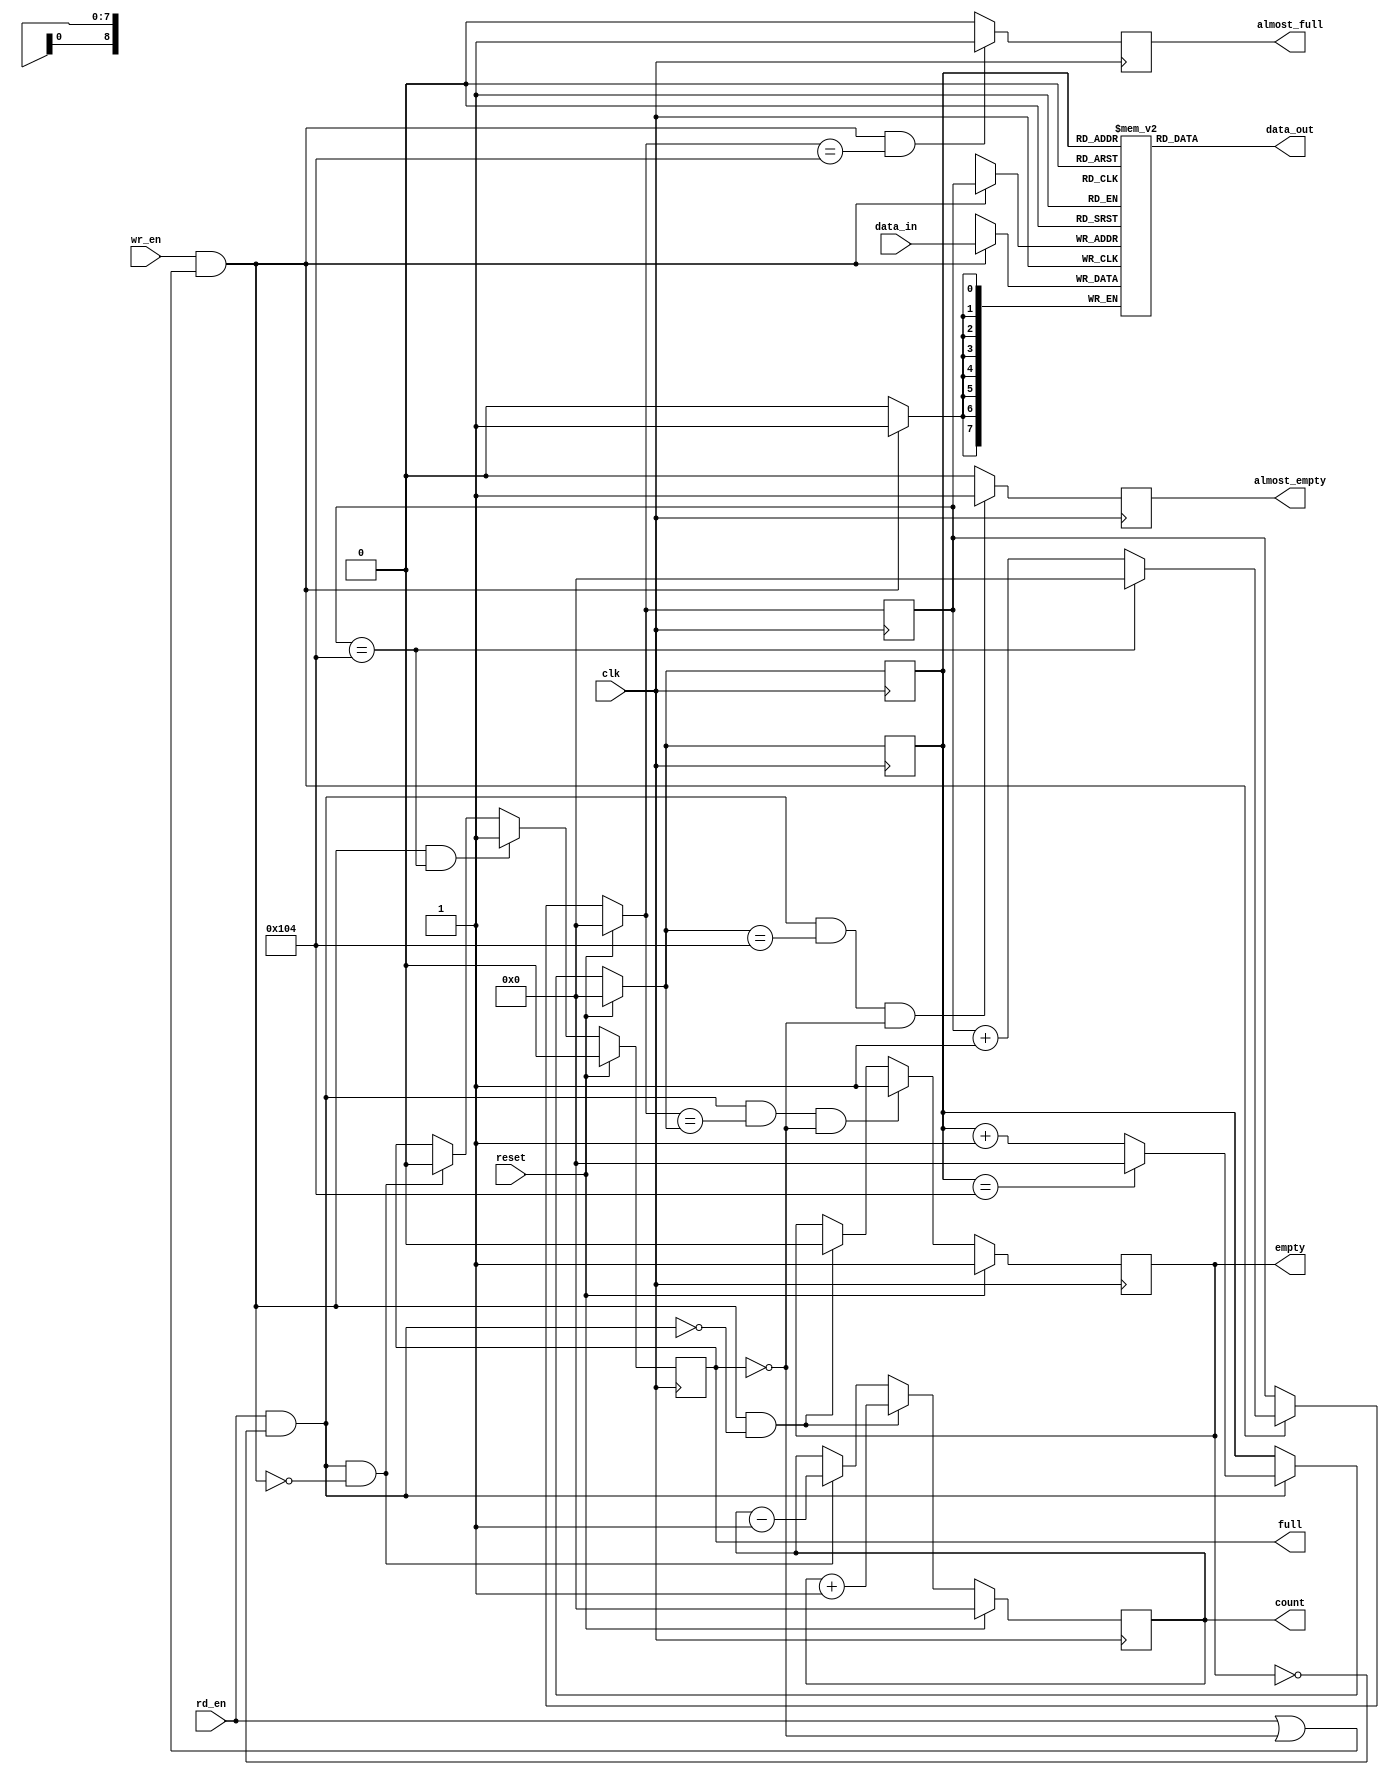
`timescale 1ns / 1ps
//////////////////////////////////////////////////////////////////////////////////
// Company:        Digilent RO
// 
// Design Name: 
// Module Name:    spi_fifo_receive 
// Project Name:   Quad-SPI IP Core
// Target Devices: Spartan 6
// Tool versions:  12.2
// Description: 
//
// Dependencies:   spi_tr8.v, spi_sf.v
//
// Revision: 
// Revision 0.01 - File Created
// Additional Comments: 
//
//////////////////////////////////////////////////////////////////////////////////
module spi_fifo_receive(input clk,
								input reset,
								input rd_en, //-- read enable
								input wr_en, //-- write enable
								
								input [7:0] data_in,
								output [7:0] data_out,
								
								output reg empty,
								output reg almost_empty,
								output reg full, 
								output reg almost_full,
								output reg [8:0] count);


wire writing;
wire reading;

reg [8:0] rd_ptr;
reg [8:0] next_rd_ptr;
reg [8:0] wr_ptr;
reg [8:0] next_wr_ptr;

assign writing = (wr_en && (rd_en || !full));
assign reading = (rd_en && !empty);

//-- increment function --
function [8:0] increment;
	input [8:0] value;
	begin
		if (value == 260)
			increment = 0;
		else
			increment = value + 1;
	end
endfunction


//-- combinational read pointer --
always @ *
begin
	if (reset)
		next_rd_ptr = 0;
	else if (reading)
		next_rd_ptr = increment (rd_ptr);
	else
		next_rd_ptr = rd_ptr;
end

always @ (posedge clk)
begin
	rd_ptr <= next_rd_ptr;
end
//-------------------------------

//-- combinational write pointer --
always @ *
begin
	if (reset)
		next_wr_ptr = 0;
	else if (writing)
		next_wr_ptr = increment (wr_ptr);
	else
		next_wr_ptr = wr_ptr;
end

always @ (posedge clk)
begin
	wr_ptr <= next_wr_ptr;
end
//-------------------------------

//-- output counter --
always @ (posedge clk)
begin
	if (reset)
		count <= 0;
	else if (writing && !reading)
		count <= count + 1; //-- writing
	else if (reading && !writing)
		count <= count - 1; //-- reading
end


//-- empty --
always @ (posedge clk)
begin
	if (reset)
		empty <= 1;
	else if (reading && (next_wr_ptr == next_rd_ptr) && !full)
		empty <= 1;
	else if (writing && !reading)
		empty <= 0;
end

always@ (posedge clk)
begin
	if (reading && (next_rd_ptr == 260) && !full)
		almost_empty <= 1;
	else
		almost_empty <= 0;
end

//-- full --
always @ (posedge clk)
begin
	if (reset)
		full <= 0;
	else if (writing && (wr_ptr == 260))//(next_wr_ptr == next_rd_ptr))
		full <= 1;
	else if (reading && !writing)
		full <= 0;
end

always@ (posedge clk)
begin
	if (writing && (next_wr_ptr == 260))
		almost_full <= 1;
	else
		almost_full <= 0;
end

//--------------------------------------------------------

reg [7:0] mem [260:0];

always @ (posedge clk)
begin
	if (writing)
		mem[wr_ptr] <= data_in;
	rd_ptr <= next_rd_ptr;
end

assign data_out = mem[rd_ptr];

endmodule